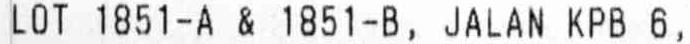
LOT 1851-A & 1851-B, JALAN KPB 6,